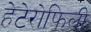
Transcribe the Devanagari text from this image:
हेटेरोफिली